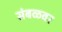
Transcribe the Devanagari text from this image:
संबळवर